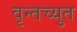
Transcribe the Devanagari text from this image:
वृन्तच्युत